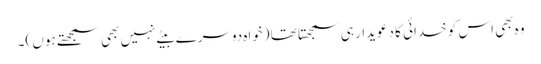
وہ بھی اس کو خدائی کا دعویدار ہی سمجھتا تھا (خواہ دوسرے بیٹے نہیں بھی سمجھتے ہوں )۔